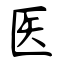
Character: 医